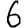
Digit: 6